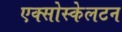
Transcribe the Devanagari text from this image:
एक्सोस्केलटन